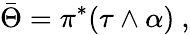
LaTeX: \bar{\Theta}=\pi^{*}(\tau\wedge\alpha)\ ,